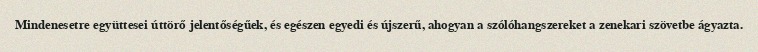
Mindenesetre együttesei úttörő jelentőségűek, és egészen egyedi és újszerű, ahogyan a szólóhangszereket a zenekari szövetbe ágyazta.